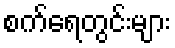
စက်ရေတွင်းများ